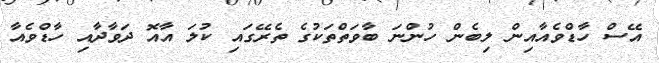
އޭސް ހާޑްވެއާއިން ލިބެން ހުންނަ ބާވަތްތަކުގެ ތެރޭގައި ކުލަ އާއޮ ދަވާދާއި ހާޑްވެއާ